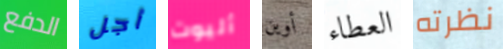
الدفع أجل أليوت أوين العطاء نظرته